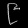
Digit: ၉